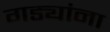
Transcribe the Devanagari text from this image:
गड्यांना